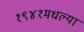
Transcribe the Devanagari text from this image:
१९४१मधल्या